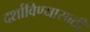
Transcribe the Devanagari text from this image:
दर्शाविण्यासाठी